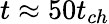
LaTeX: t\approx 50t_{ch}